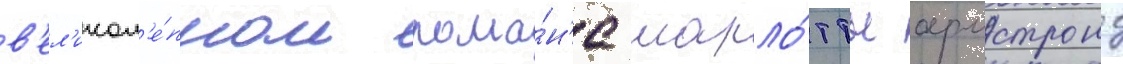
в'ел'икол'е́пном рома́н'е шарло́тты армстронг